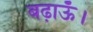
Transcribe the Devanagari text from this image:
बढ़ाऊँ।